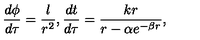
\frac { d \phi } { d \tau } = \frac { l } { r ^ { 2 } } , \frac { d t } { d \tau } = \frac { k r } { r - \alpha e ^ { - \beta r } } ,